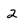
Character: 2